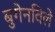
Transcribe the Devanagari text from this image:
बुगेनविले